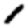
Digit: 1